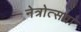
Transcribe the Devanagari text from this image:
नेत्रोत्सवा